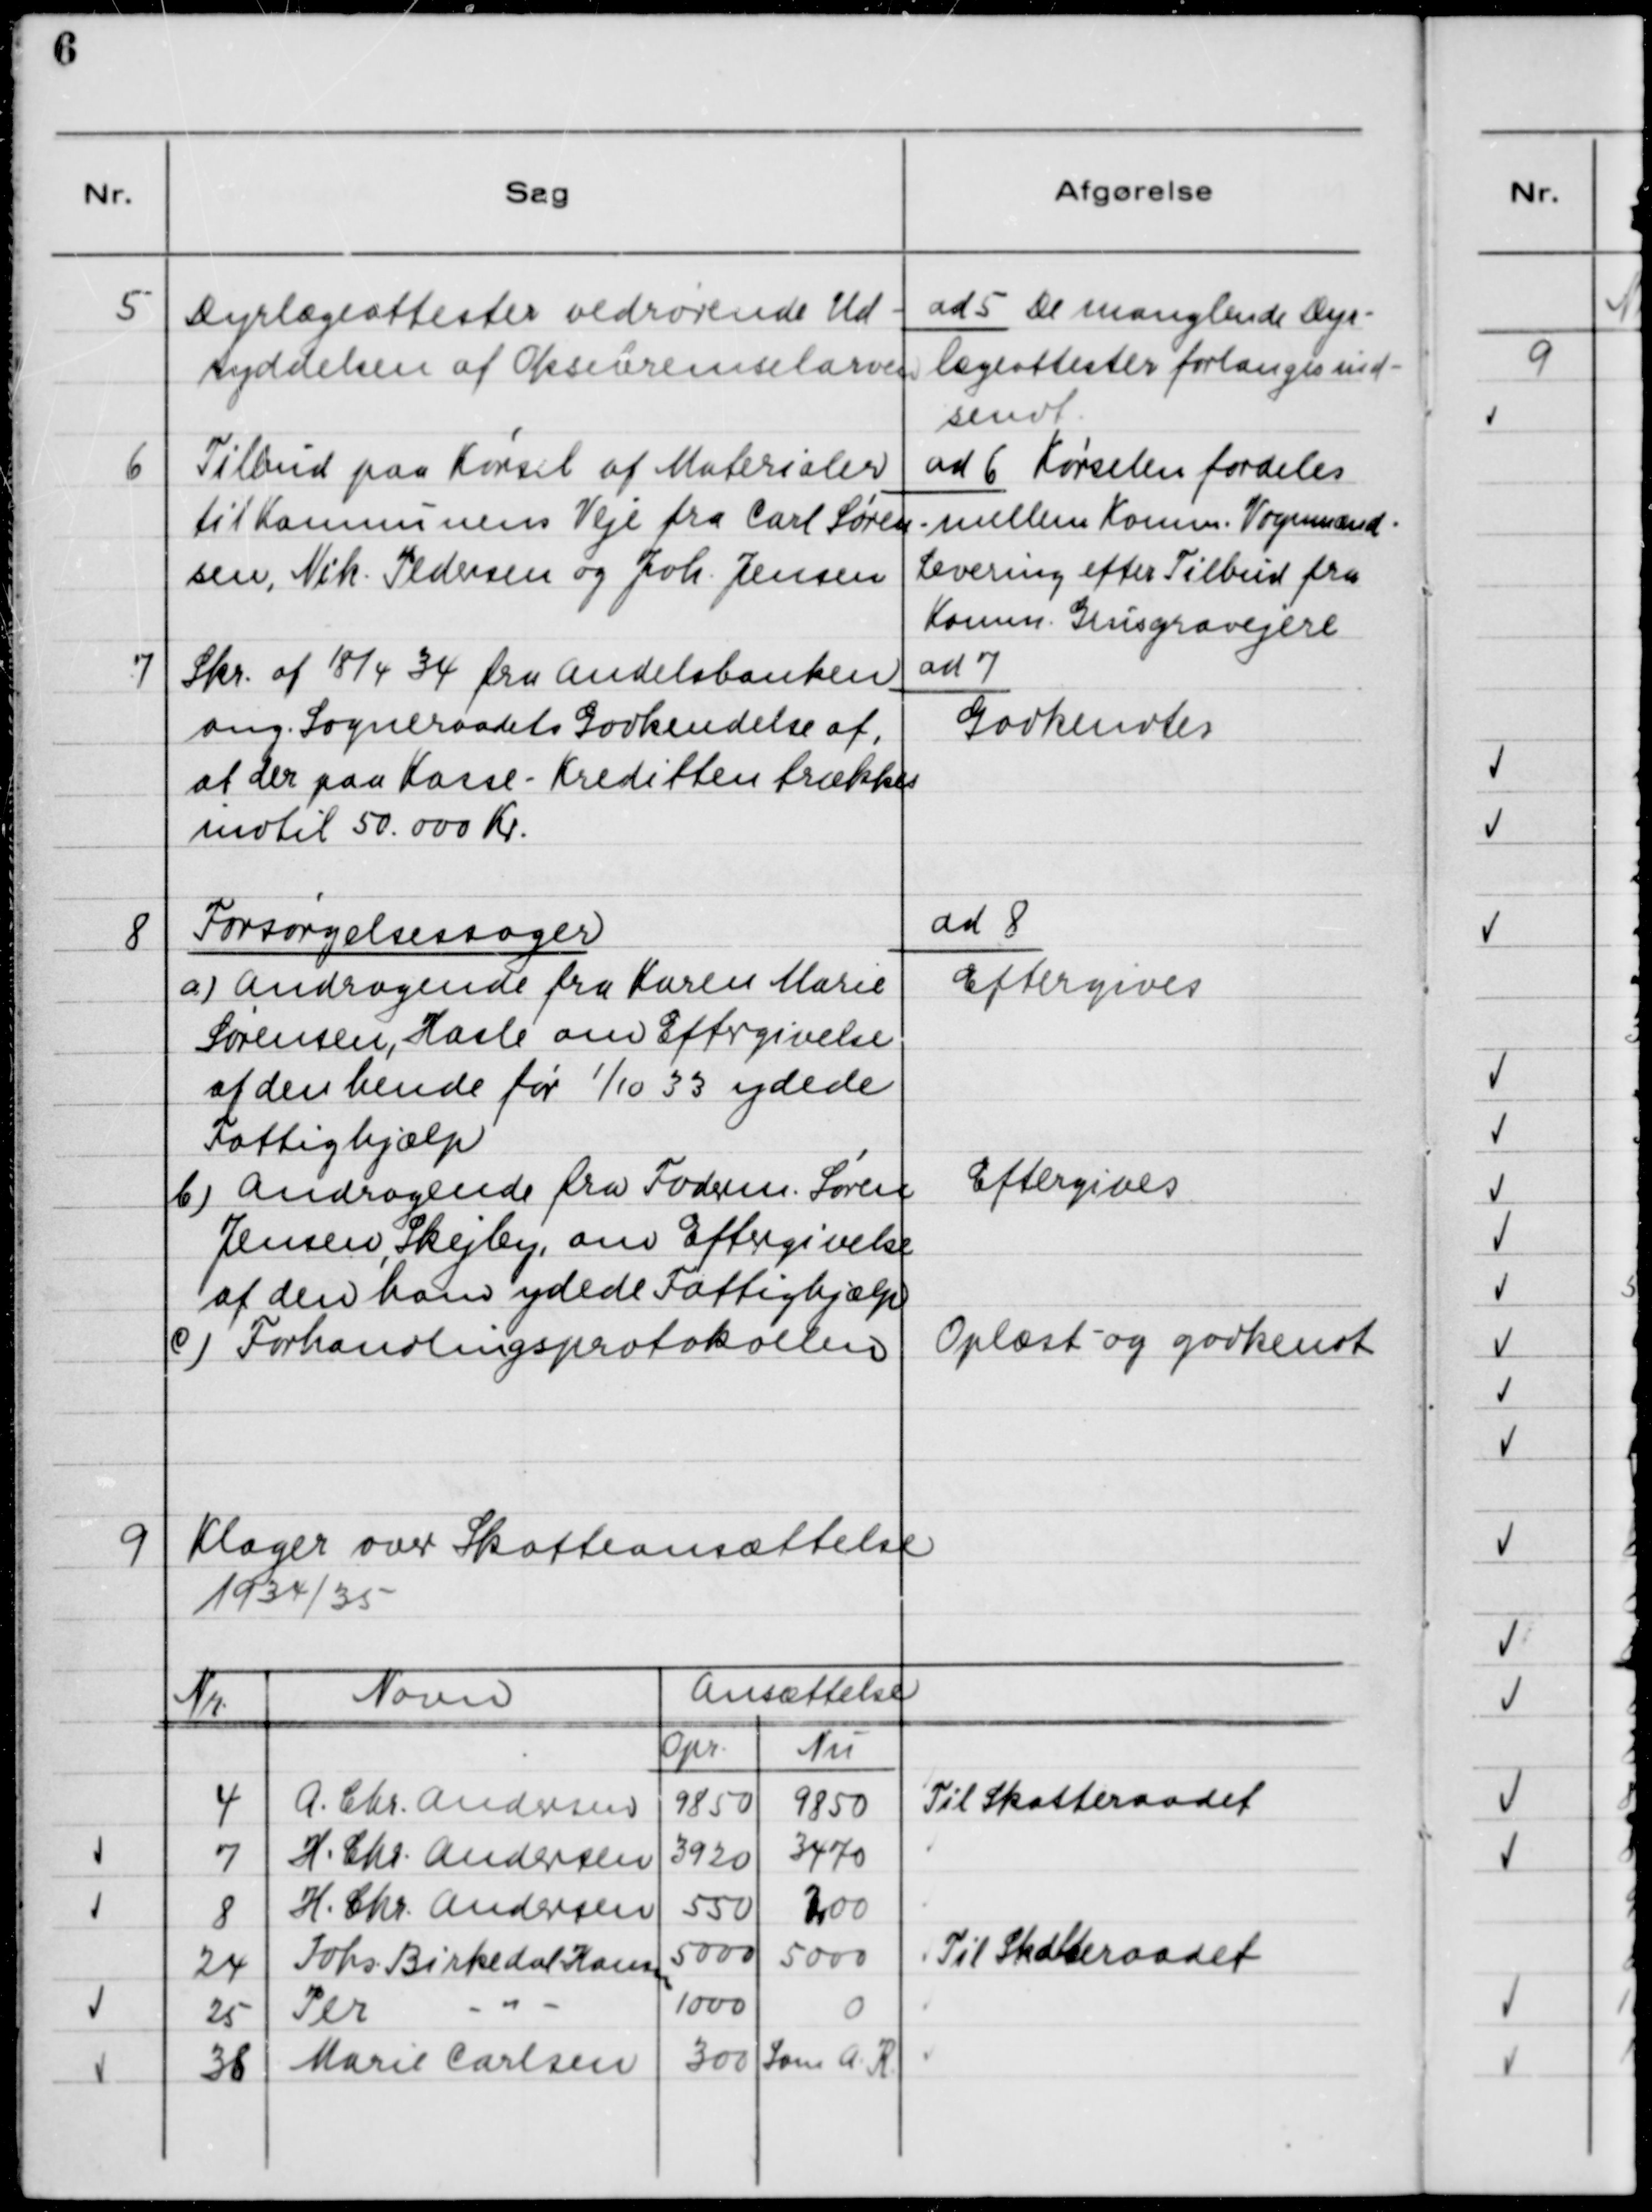
Transskription:
5

Dyrlægeattester vedrørende Ud-
ryddelse af Oksebremselarver.

ad 5. De manglende Dyr-
lægeattester forlanges ind-
sendt.

6

Tilbud paa Kørsel af Materialer
til Kommunens Veje fra Carl Søren-
sen, Nik Pedersen og Johs. Jensen

ad 6. Kørslen fordeles
mellem Komm. Vognmænd.
Levering efter Tilbud fra
Komm. Grusgravejere.

7

Skr. af 18/4 34 fra Andelsbanken
ang. Sogneraadets Godkendelse af,
at der paa Kasse - Kreditten trækkes
indtil 50.000 Kr.

ad 7.
Godkendtes

8

Forsørgelsessager
a) Andragende fra Karen Marie
Sørensen, Hasle om Eftergivelse
af den hende før 1/10 33 ydede
Fattighjælp.
b) Andragende fra Foderm. Søren
Jensen, Skejby, om Eftergivelse
af den ham ydede Fattighjælp
c) Forhandlingsprotokollen

ad 8.
Eftergivelse
Eftergives
Oplæst og godkendt

9

Klager over Skatteansættelse
1934/35